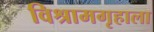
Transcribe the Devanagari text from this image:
विश्रामगृहाला